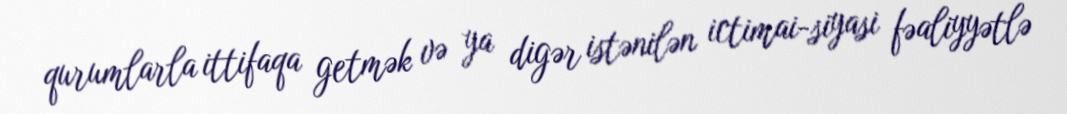
qurumlarla ittifaqa getmək və ya digər istənilən ictimai-siyasi fəaliyyətlə